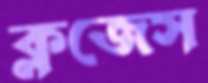
ক্লজেস